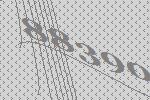
88390